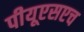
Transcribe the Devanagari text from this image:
पीयूएसएच